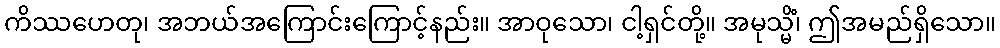
ကိဿဟေတု၊ အဘယ်အကြောင်းကြောင့်နည်း။ အာဝုသော၊ ငါ့ရှင်တို့။ အမုသ္မိံ၊ ဤအမည်ရှိသော။